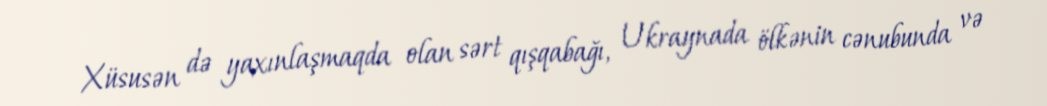
Xüsusən də yaxınlaşmaqda olan sərt qışqabağı, Ukraynada ölkənin cənubunda və